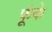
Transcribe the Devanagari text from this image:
फूंके